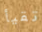
تقيأ